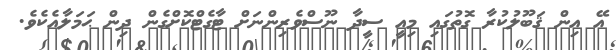
އޭ އިން ޤަބޫލުކުރާ ގޮތުގައި މިއީ ސީދާ ނޫސްވެރިންނަށް ޓާގެޓްކޮށްގެން ދިން ޙަމަލާއެކެވެ.